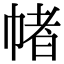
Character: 帾